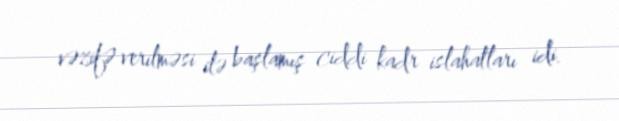
vəzifə verilməsi ilə başlamış ciddi kadr islahatları idi.